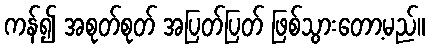
ကန်၍ အစုတ်စုတ် အပြတ်ပြတ် ဖြစ်သွားတော့မည်။